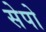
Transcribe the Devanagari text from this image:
सेपो